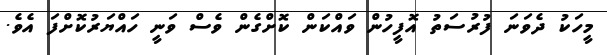
މީހަކު ދެވަނަ ފުރުސަތު އޮފީހުން ވައްކަން ކޮށްގެން ވެސް ވަނީ ހައްޔަރުކޮށްފަ އެވެ.